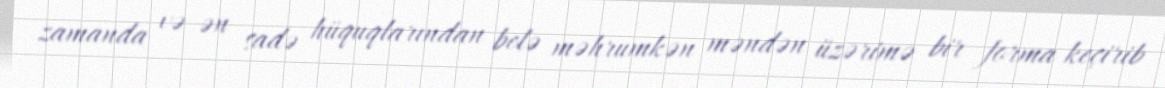
zamanda və ən sadə hüquqlarından belə məhrumkən məndən üzərimə bir forma keçirib